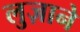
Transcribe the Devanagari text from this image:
लुज़ाने